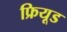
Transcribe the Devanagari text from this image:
फ्रियूड